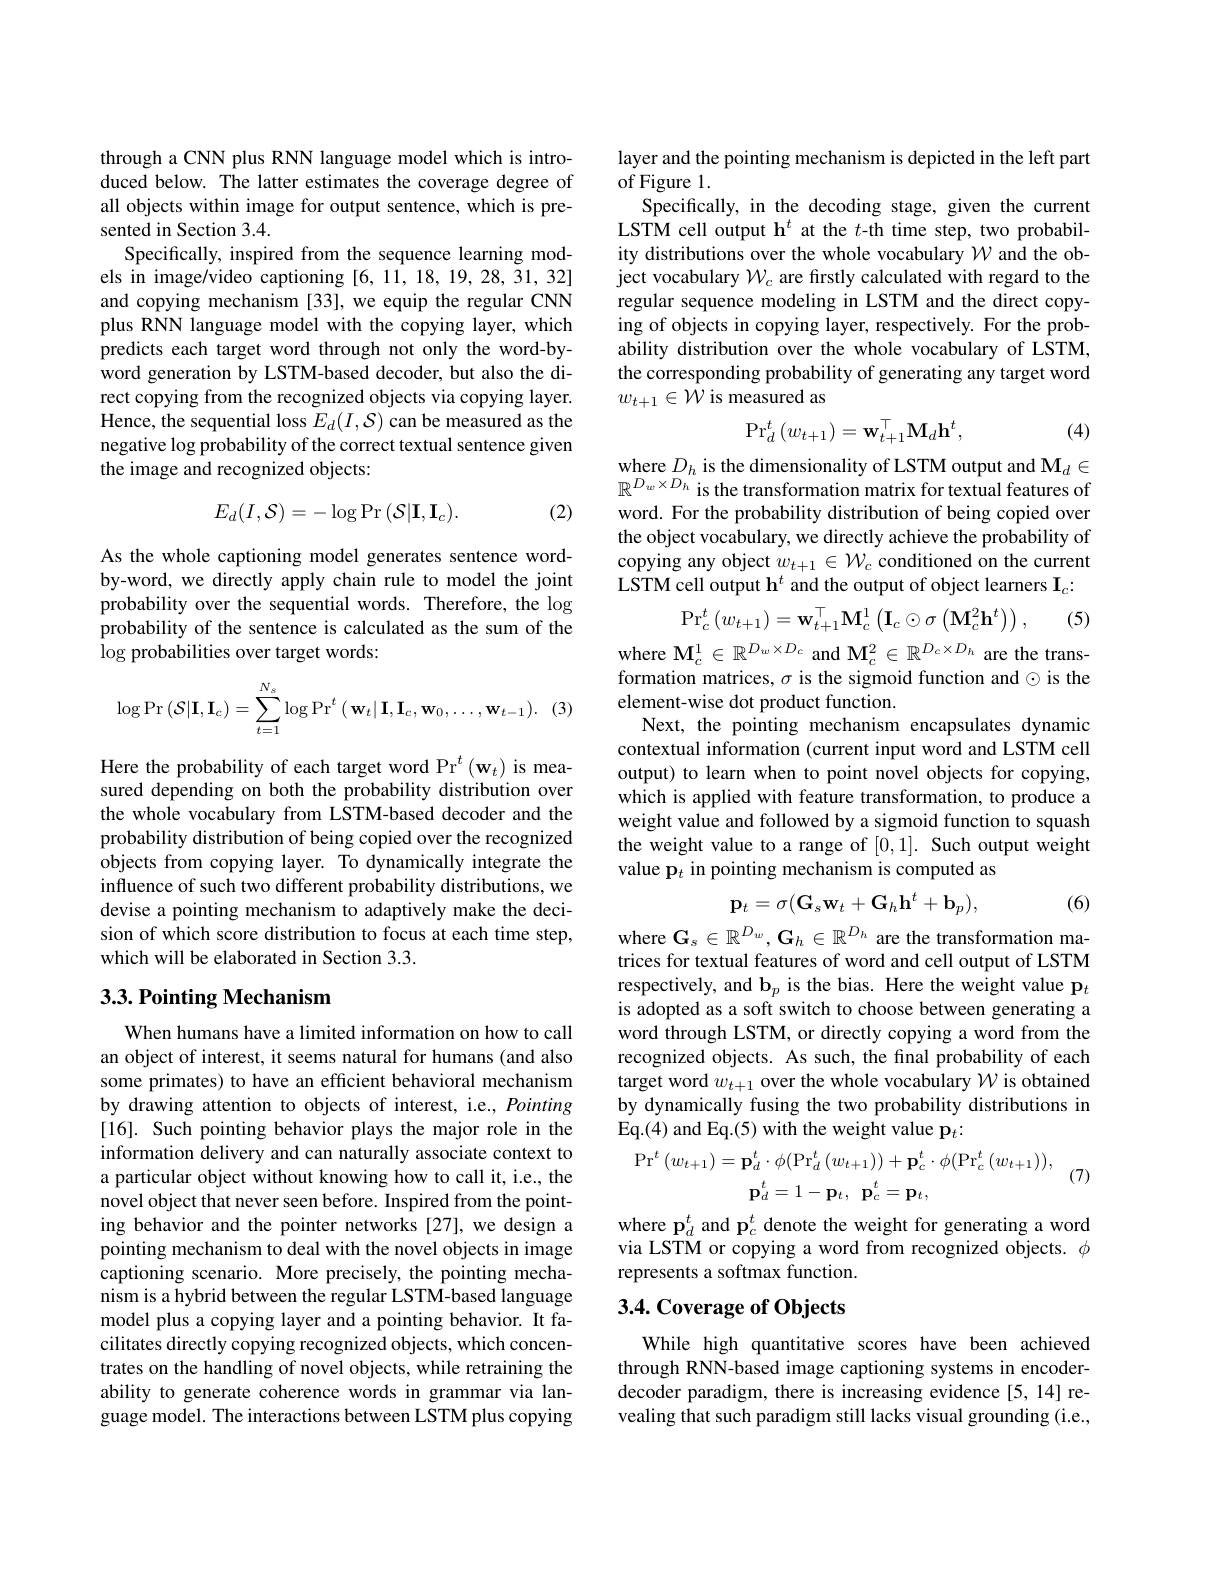
through a CNN plus RNN language model which is introduced below. The latter estimates the coverage degree of all objects within image for output sentence, which is presented in Section 3.4.
Specifically, inspired from the sequence learning models in image/video captioning [6,11,18,19,28,31,32] and copying mechanism [33], we equip the regular CNN plus RNN language model with the copying layer, which predicts each target word through not only the word-byword generation by LSTM-based decoder, but also the direct copying from the recognized objects via copying layer. Hence, the sequential loss $E_d(I,\mathcal{S})$ can be measured as the negative log probability of the correct textual sentence given the image and recognized objects:
$$E_d(I,\mathcal{S})=-\log\Pr\left(\mathcal{S}|\mathbf{I},\mathbf{I}_c\right).$$
(2)

As the whole captioning model generates sentence wordby-word, we directly apply chain rule to model the joint probability over the sequential words. Therefore, the $\log$ probability of the sentence is calculated as the sum of the $\log$ probabilities over target words:

(3
$$\log\Pr\left(\mathcal{S}|\mathbf{I},\mathbf{I}_c\right)=\sum_{t=1}^{N_s}\log\Pr^t\left(\mathbf{w}_t|\mathbf{I},\mathbf{I}_c,\mathbf{w}_0,\ldots,\mathbf{w}_{t-1}\right).$$
Here the probability of each target word Pr$^t\left(\mathbf{w}_t\right)$ is measured depending on both the probability distribution over the whole vocabulary from LSTM-based decoder and the probability distribution of being copied over the recognized objects from copying layer. To dynamically integrate the influence of such two different probability distributions, we devise a pointing mechanism to adaptively make the decision of which score distribution to focus at each time step, which will be elaborated in Section 3.3.

## $3. 3. \textbf{Pointing Mechanism}$

When humans have a limited information on how to call an object of interest, it seems natural for humans (and also some primates) to have an efficient behavioral mechanism by drawing attention to objects of interest, i.e., Pointing [16]. Such pointing behavior plays the major role in the information delivery and can naturally associate context to a particular object without knowing how to call it, i.e., the novel object that never seen before. Inspired from the pointing behavior and the pointer networks [27], we design a pointing mechanism to deal with the novel objects in image captioning scenario. More precisely, the pointing mechanism is a hybrid between the regular LSTM-based language model plus a copying layer and a pointing behavior. It facilitates directly copying recognized objects, which concentrates on the handling of novel objects, while retraining the ability to generate coherence words in grammar via language model. The interactions between LSTM plus copying

layer and the pointing mechanism is depicted in the left part
of Figure 1.
Specifically, in the decoding stage, given the current LSTM cell output h$^t$ at the $t$-th time step, two probability distributions over the whole vocabulary $\mathcal{W}$ and the object vocabulary $\mathcal{W}_c$ are firstly calculated with regard to the regular sequence modeling in LSTM and the direct copying of objects in copying layer, respectively. For the probability distribution over the whole vocabulary of LSTM, the corresponding probability of generating any target word $w_{t+1}\in\bar{\mathcal{W}}$ is measured as
$$\mathrm{Pr}_d^t\left(w_{t+1}\right)=\mathbf{w}_{t+1}^\top\mathrm{M}_d\mathbf{h}^t,$$
(4)

where $D_h$ is the dimensionality of LSTM output and $\mathbf{M}_d\in$ $\mathbb{R}^{D_w\times D_h}$ is the transformation matrix for textual features of word. For the probability distribution of being copied over the object vocabulary, we directly achieve the probability of copying any object $w_{t+1}\in\mathcal{W}_c$ conditioned on the current LSTM cell output h$^{t}$ and the output of object learners $\mathbf{I}_c{:}$
$$\mathrm{Pr}_{c}^{t}\left(w_{t+1}\right)=\mathbf{w}_{t+1}^{\top}\mathbf{M}_{c}^{1}\left(\mathbf{I}_{c}\odot\sigma\left(\mathbf{M}_{c}^{2}\mathbf{h}^{t}\right)\right),$$
(5)

where $\mathbf{M}_c^1\in\mathbb{R}^{D_w\times D_c}$ and $\mathbf{M}_c^2\in\mathbb{R}^{D_c\times D_h}$ are the transformation matrices, $\sigma$ is the sigmoid function and $\odot$ is the element-wise dot product function.
Next, the pointing mechanism encapsulates dynamic contextual information (current input word and LSTM cell output) to learn when to point novel objects for copying, which is applied with feature transformation, to produce a weight value and followed by a sigmoid function to squash the weight value to a range of [0,1]. Such output weight value p$_t$ in pointing mechanism is computed as

(6)
$$\mathbf{p}_t=\sigma(\mathbf{G}_s\mathbf{w}_t+\mathbf{G}_h\mathbf{h}^t+\mathbf{b}_p),$$
where $\mathbf{G}_s\in\mathbb{R}^{D_w},\mathbf{G}_h\in\mathbb{R}^{D_h}$ are the transformation matrices for textual features of word and cell output of LSTM respectively, and b$_p$ is the bias. Here the weight value p$_t$ is adopted as a soft switch to choose between generating a word through LSTM, or directly copying a word from the recognized objects. As such, the final probability of each target word $w_{t+1}$ over the whole vocabulary $\mathcal{W}$ is obtained by dynamically fusing the two probability distributions in Eq.(4) and Eq.(5) with the weight value p$_t:$
$$\mathrm{Pr}^{t}\left(w_{t+1}\right)=\mathbf{p}_{d}^{t}\cdot\phi(\mathrm{Pr}_{d}^{t}\left(w_{t+1}\right))+\mathbf{p}_{c}^{t}\cdot\phi(\mathrm{Pr}_{c}^{t}\left(w_{t+1}\right)),\\(7)\\\mathbf{p}_{d}^{t}=1-\mathbf{p}_{t},\:\mathbf{p}_{c}^{t}=\mathbf{p}_{t},$$
where p$_d^t$ and p$_c^t$ denote the weight for generating a word via LSTM or copying a word from recognized objects. $\phi$ represents a softmax function.

## 3.4. Coverage of Objects

While high quantitative scores have been achieved through RNN-based image captioning systems in encoderdecoder paradigm, there is increasing evidence [5,14] revealing that such paradigm still lacks visual grounding (i.e.,